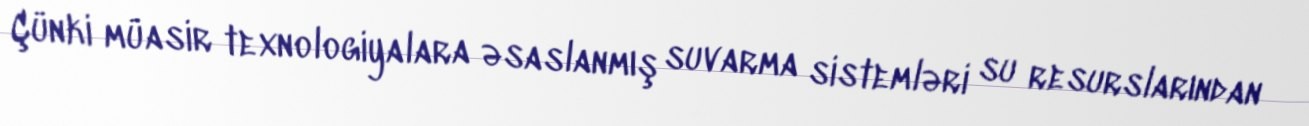
Çünki müasir texnologiyalara əsaslanmış suvarma sistemləri su resurslarından